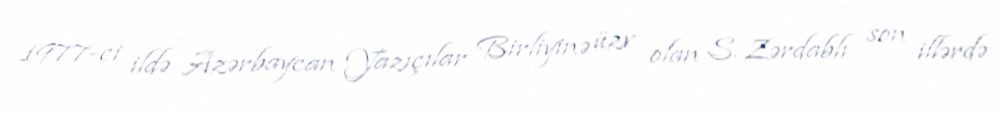
1977-ci ildə Azərbaycan Yazıçılar Birliyinə üzv olan S. Zərdablı son illərdə